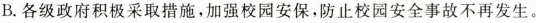
B.各级政府积极采取措施，加强校园安保，防止校园安全事故不再发生。